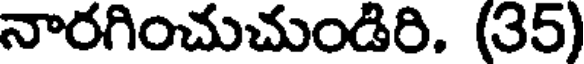
నారగించుచుండిరి. (35)